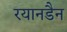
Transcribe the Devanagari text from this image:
रयानडैन